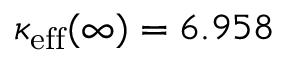
\kappa _ { \mathrm { e f f } } ( \infty ) = 6 . 9 5 8